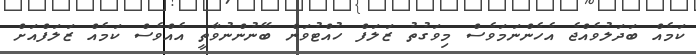
ކަމެއް ބަދަލުވެއްޖެ އެހެންނަމަވެސް މިވަގުތު ޒަލަފް ހުއްޓުވަން ބޭނުންނުވާތީ އެއްވެސް ކަމެއް ޒަލަފްއަށް